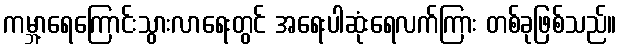
ကမ္ဘာ့ရေကြောင်းသွားလာရေးတွင် အရေးပါဆုံးရေလက်ကြား တစ်ခုဖြစ်သည်။